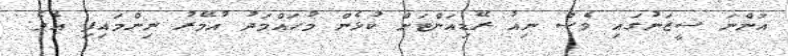
އަންނަ ސީޒަނުގައި ވެސް ނިއު ރޭޑިއަންޓަށް ކުޅެން މުހައްމަދު އުމޭރު ނިންމައިފި އެވެ.